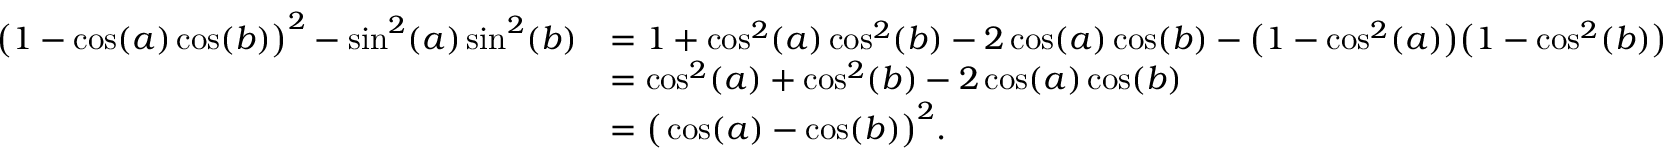
\begin{array} { r l } { \big ( 1 - \cos ( a ) \cos ( b ) \big ) ^ { 2 } - \sin ^ { 2 } ( a ) \sin ^ { 2 } ( b ) } & { = 1 + \cos ^ { 2 } ( a ) \cos ^ { 2 } ( b ) - 2 \cos ( a ) \cos ( b ) - \big ( 1 - \cos ^ { 2 } ( a ) \big ) \big ( 1 - \cos ^ { 2 } ( b ) \big ) } \\ & { = \cos ^ { 2 } ( a ) + \cos ^ { 2 } ( b ) - 2 \cos ( a ) \cos ( b ) } \\ & { = \big ( \cos ( a ) - \cos ( b ) \big ) ^ { 2 } . } \end{array}